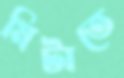
মিটাতে